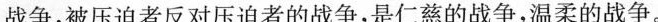
战争，被压迫者反对压迫者的战争，是仁慈的战争，温柔的战争。